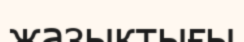
жазыктығы